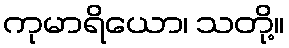
ကုမာရိယော၊ သတို့။